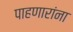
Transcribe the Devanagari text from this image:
पाहणारांना